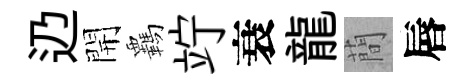
辸開覊竚衰龍蕳唇